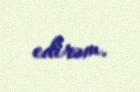
edirəm.